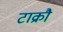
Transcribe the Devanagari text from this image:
टाक्रौ